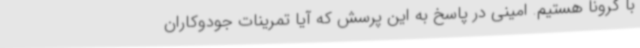
با کرونا هستیم. امینی در پاسخ به این پرسش که آیا تمرینات جودوکاران